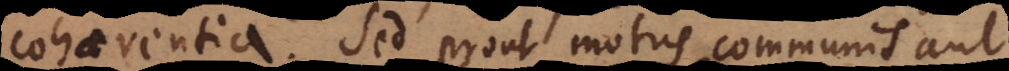
cohaerentia. Sed prout motus communis aut